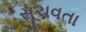
સૂચવતા